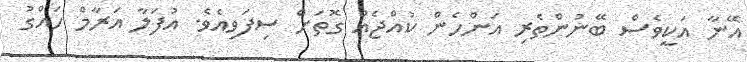
އޭނާ އަކީވެސް ބޭނުންތެރި އަންހެން ކުއްޖެއް ގޮތަށް ސިފަވިއެވެ. އުފަލާ އަރާމް ހައްގު